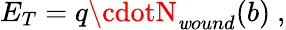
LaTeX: E_{T}=q\cdotN_{\mathit{w}ound}(b)\ ,